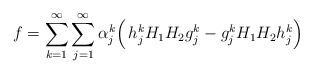
LaTeX: \begin{align*}f=\sum_{k=1}^\infty\sum_{j=1}^\infty\alpha^k_j\Big(\, h^k_j H_1H_2 g^k_j - g^k_j H_1H_2 h^k_j\Big)\end{align*}